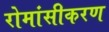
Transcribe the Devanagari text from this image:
रोमांसीकरण